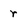
Character: r